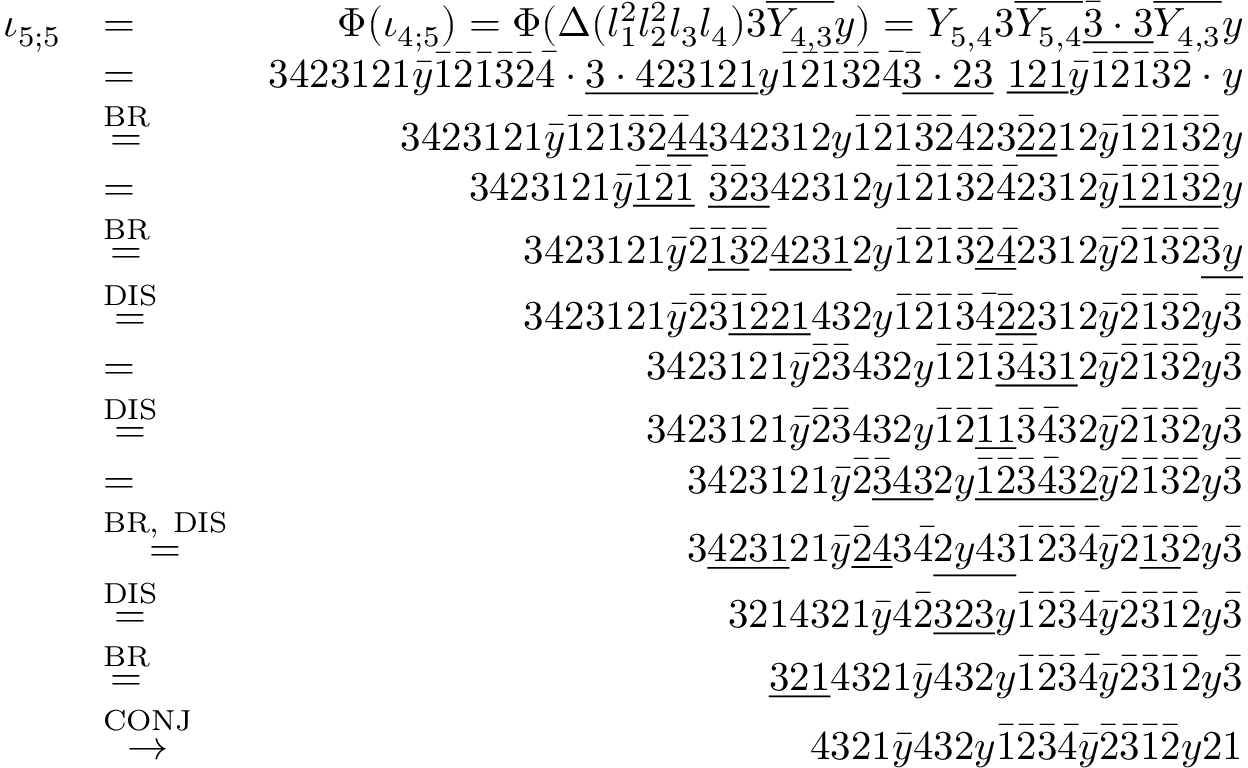
\begin{array} { r l r } { \iota _ { 5 ; 5 } } & { = } & { \Phi ( \iota _ { 4 ; 5 } ) = \Phi ( \Delta ( l _ { 1 } ^ { 2 } l _ { 2 } ^ { 2 } l _ { 3 } l _ { 4 } ) 3 \overline { { Y _ { 4 , 3 } } } y ) = Y _ { 5 , 4 } 3 \overline { { Y _ { 5 , 4 } } } \underline { { \bar { 3 } \cdot 3 } } \overline { { Y _ { 4 , 3 } } } y } \\ & { = } & { 3 4 2 3 1 2 1 \bar { y } \bar { 1 } \bar { 2 } \bar { 1 } \bar { 3 } \bar { 2 } \bar { 4 } \cdot \underline { { 3 \cdot 4 2 3 1 2 1 } } y \bar { 1 } \bar { 2 } \bar { 1 } \bar { 3 } \bar { 2 } \bar { 4 } \underline { { \bar { 3 } \cdot 2 3 } } \ \underline { { 1 2 1 } } \bar { y } \bar { 1 } \bar { 2 } \bar { 1 } \bar { 3 } \bar { 2 } \cdot y } \\ & { \stackrel { \mathrm { B R } } { = } } & { 3 4 2 3 1 2 1 \bar { y } \bar { 1 } \bar { 2 } \bar { 1 } \bar { 3 } \bar { 2 } \underline { { \bar { 4 } 4 } } 3 4 2 3 1 2 y \bar { 1 } \bar { 2 } \bar { 1 } \bar { 3 } \bar { 2 } \bar { 4 } 2 3 \underline { { \bar { 2 } 2 } } 1 2 \bar { y } \bar { 1 } \bar { 2 } \bar { 1 } \bar { 3 } \bar { 2 } y } \\ & { = } & { 3 4 2 3 1 2 1 \bar { y } \underline { { \bar { 1 } \bar { 2 } \bar { 1 } } } \ \underline { { \bar { 3 } \bar { 2 } 3 } } 4 2 3 1 2 y \bar { 1 } \bar { 2 } \bar { 1 } \bar { 3 } \bar { 2 } \bar { 4 } 2 3 1 2 \bar { y } \underline { { \bar { 1 } \bar { 2 } \bar { 1 } \bar { 3 } \bar { 2 } } } y } \\ & { \stackrel { \mathrm { B R } } { = } } & { 3 4 2 3 1 2 1 \bar { y } \bar { 2 } \underline { { \bar { 1 } \bar { 3 } } } \bar { 2 } \underline { { 4 2 3 1 } } 2 y \bar { 1 } \bar { 2 } \bar { 1 } \bar { 3 } \underline { { \bar { 2 } \bar { 4 } } } 2 3 1 2 \bar { y } \bar { 2 } \bar { 1 } \bar { 3 } \bar { 2 } \underline { { \bar { 3 } y } } } \\ & { \stackrel { \mathrm { D I S } } { = } } & { 3 4 2 3 1 2 1 \bar { y } \bar { 2 } \bar { 3 } \underline { { \bar { 1 } \bar { 2 } 2 1 } } 4 3 2 y \bar { 1 } \bar { 2 } \bar { 1 } \bar { 3 } \bar { 4 } \underline { { \bar { 2 } 2 } } 3 1 2 \bar { y } \bar { 2 } \bar { 1 } \bar { 3 } \bar { 2 } y \bar { 3 } } \\ & { = } & { 3 4 2 3 1 2 1 \bar { y } \bar { 2 } \bar { 3 } 4 3 2 y \bar { 1 } \bar { 2 } \bar { 1 } \underline { { \bar { 3 } \bar { 4 } 3 1 } } 2 \bar { y } \bar { 2 } \bar { 1 } \bar { 3 } \bar { 2 } y \bar { 3 } } \\ & { \stackrel { \mathrm { D I S } } { = } } & { 3 4 2 3 1 2 1 \bar { y } \bar { 2 } \bar { 3 } 4 3 2 y \bar { 1 } \bar { 2 } \underline { { \bar { 1 } 1 } } \bar { 3 } \bar { 4 } 3 2 \bar { y } \bar { 2 } \bar { 1 } \bar { 3 } \bar { 2 } y \bar { 3 } } \\ & { = } & { 3 4 2 3 1 2 1 \bar { y } \bar { 2 } \underline { { \bar { 3 } 4 3 } } 2 y \underline { { \bar { 1 } \bar { 2 } \bar { 3 } \bar { 4 } 3 2 } } \bar { y } \bar { 2 } \bar { 1 } \bar { 3 } \bar { 2 } y \bar { 3 } } \\ & { \stackrel { \mathrm { B R , ~ D I S } } { = } } & { 3 \underline { { 4 2 3 1 } } 2 1 \bar { y } \underline { { \bar { 2 } 4 } } 3 \bar { 4 } \underline { { 2 y 4 3 } } \bar { 1 } \bar { 2 } \bar { 3 } \bar { 4 } \bar { y } \bar { 2 } \underline { { \bar { 1 } \bar { 3 } } } \bar { 2 } y \bar { 3 } } \\ & { \stackrel { \mathrm { D I S } } { = } } & { 3 2 1 4 3 2 1 \bar { y } 4 \bar { 2 } \underline { { 3 2 3 } } y \bar { 1 } \bar { 2 } \bar { 3 } \bar { 4 } \bar { y } \bar { 2 } \bar { 3 } \bar { 1 } \bar { 2 } y \bar { 3 } } \\ & { \stackrel { \mathrm { B R } } { = } } & { \underline { { 3 2 1 } } 4 3 2 1 \bar { y } 4 3 2 y \bar { 1 } \bar { 2 } \bar { 3 } \bar { 4 } \bar { y } \bar { 2 } \bar { 3 } \bar { 1 } \bar { 2 } y \bar { 3 } } \\ & { \stackrel { \mathrm { C O N J } } { \to } } & { 4 3 2 1 \bar { y } 4 3 2 y \bar { 1 } \bar { 2 } \bar { 3 } \bar { 4 } \bar { y } \bar { 2 } \bar { 3 } \bar { 1 } \bar { 2 } y 2 1 } \end{array}